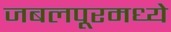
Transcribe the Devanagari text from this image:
जबलपूरमध्ये